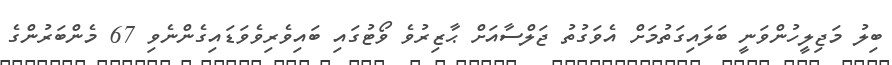
ބިލު މަޖިލީހުންވަނީ ބަލައިގަތުމަށް އެވަގުތު ޖަލްސާއަށް ޙާޒިރުވެ ވޯޓުގައި ބައިވެރިވެވަޑައިގެންނެވި 67 މެންބަރުންގެ